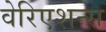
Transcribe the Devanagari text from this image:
वेरिएशन्स